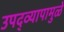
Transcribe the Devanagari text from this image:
उपद्‌व्यापामुळे